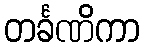
တင်္ခဏိကာ